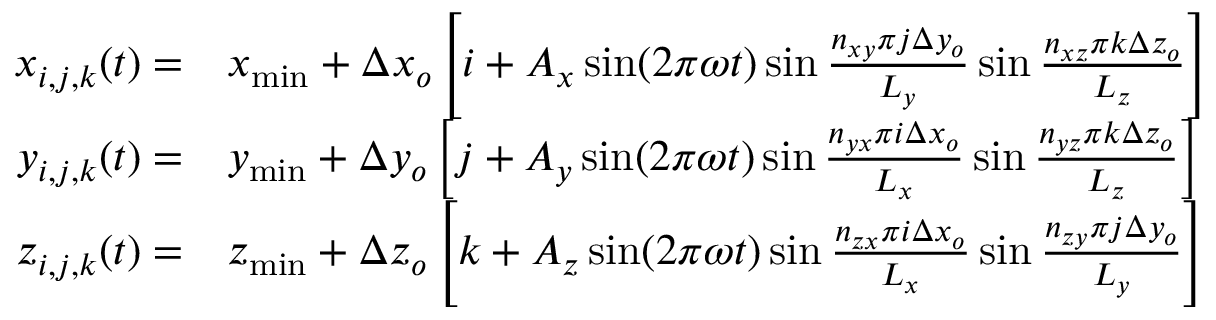
\begin{array} { r l } { x _ { i , j , k } ( t ) = } & { x _ { \operatorname* { m i n } } + \Delta x _ { o } \left[ i + A _ { x } \sin ( 2 \pi \omega t ) \sin \frac { n _ { x y } \pi j \Delta y _ { o } } { L _ { y } } \sin \frac { n _ { x z } \pi k \Delta z _ { o } } { L _ { z } } \right] } \\ { y _ { i , j , k } ( t ) = } & { y _ { \operatorname* { m i n } } + \Delta y _ { o } \left[ j + A _ { y } \sin ( 2 \pi \omega t ) \sin \frac { n _ { y x } \pi i \Delta x _ { o } } { L _ { x } } \sin \frac { n _ { y z } \pi k \Delta z _ { o } } { L _ { z } } \right] } \\ { z _ { i , j , k } ( t ) = } & { z _ { \operatorname* { m i n } } + \Delta z _ { o } \left[ k + A _ { z } \sin ( 2 \pi \omega t ) \sin \frac { n _ { z x } \pi i \Delta x _ { o } } { L _ { x } } \sin \frac { n _ { z y } \pi j \Delta y _ { o } } { L _ { y } } \right] } \end{array}